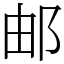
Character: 邮